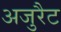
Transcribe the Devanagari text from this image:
अजुरैट